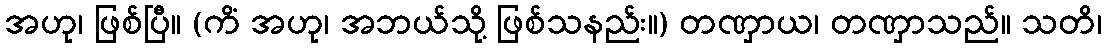
အဟု၊ ဖြစ်ပြီ။ (ကိံ အဟု၊ အဘယ်သို့ ဖြစ်သနည်း။) တဏှာယ၊ တဏှာသည်။ သတိ၊